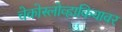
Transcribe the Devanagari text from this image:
चेकोस्लोव्हाकियावर